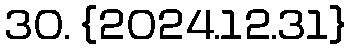
30. {2024.12.31}